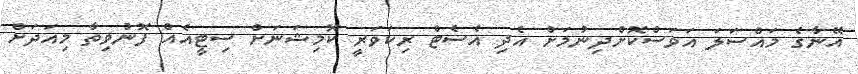
އޭނާގެ މައްސަލަ އަވަސްކޮށްދިނުމަށް އެދި އެސެޓް ރިކަވަރީ ކޮމިޝަނަށް ސިޓީއެއް ފޮނުވިތާ މިއަދަށް